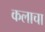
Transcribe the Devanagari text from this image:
कलाचा